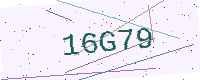
Text: 16G79